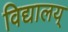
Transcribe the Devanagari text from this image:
विद्यालय्